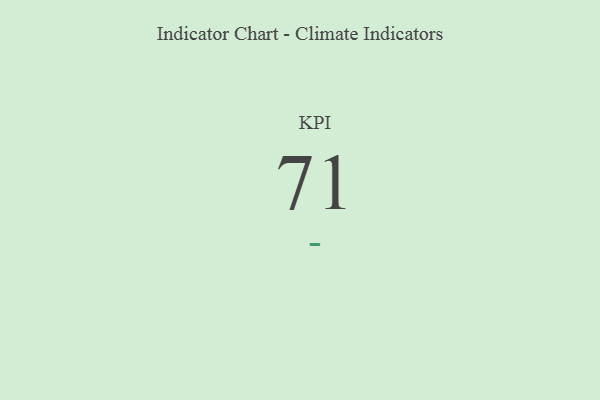
{"axis": {"x": "KPI", "y": "Value"}, "legend": [""], "data": [{"x": "KPI", "y": 71, "type": ""}]}